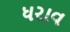
ધરાવ